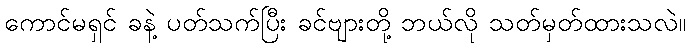
ကောင်မရှင် ခနဲ့ ပတ်သက်ပြီး ခင်ဗျားတို့ ဘယ်လို သတ်မှတ်ထားသလဲ။